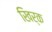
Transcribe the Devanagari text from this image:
खिर्क